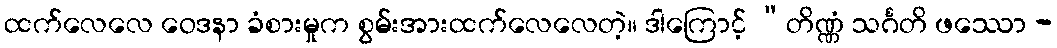
ထက်လေလေ ဝေဒနာ ခံစားမှုက စွမ်းအားထက်လေလေတဲ့။ ဒါကြောင့် “တိဏ္ဏံ သင်္ဂတိ ဖဿော -